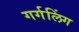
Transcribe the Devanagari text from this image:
गर्गलिंग